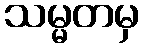
သမ္မတမှ